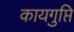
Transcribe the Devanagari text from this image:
कायगुप्ति